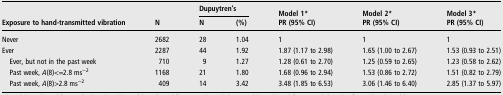
<table><thead><tr><td rowspan="2"><b>Exposure to hand-transmitted vibration</b></td><td></td><td colspan="2"><b>Dupuytren&#x27;s</b></td><td><b>Model 1*</b></td><td><b>Model 2*</b></td><td><b>Model 3*</b></td></tr><tr><td><b>N</b></td><td><b>N</b></td><td><b>(%)</b></td><td><b>PR (95% CI)</b></td><td><b>PR (95% CI)</b></td><td><b>PR (95% CI)</b></td></tr></thead><tbody><tr><td>Never</td><td>2682</td><td>28</td><td>1.04</td><td>1</td><td>1</td><td>1</td></tr><tr><td>Ever</td><td>2287</td><td>44</td><td>1.92</td><td>1.87 (1.17 to 2.98)</td><td>1.65 (1.00 to 2.67)</td><td>1.53 (0.93 to 2.51)</td></tr><tr><td> Ever, but not in the past week</td><td>710</td><td>9</td><td>1.27</td><td>1.28 (0.61 to 2.70)</td><td>1.25 (0.59 to 2.65)</td><td>1.23 (0.58 to 2.62)</td></tr><tr><td> Past week, <i>A</i>(8)&lt;=2.8 ms<sup>−2</sup></td><td>1168</td><td>21</td><td>1.80</td><td>1.68 (0.96 to 2.94)</td><td>1.53 (0.86 to 2.72)</td><td>1.51 (0.82 to 2.79)</td></tr><tr><td> Past week, <i>A</i>(8)&gt;2.8 ms<sup>−2</sup></td><td>409</td><td>14</td><td>3.42</td><td>3.48 (1.85 to 6.53)</td><td>3.06 (1.46 to 6.40)</td><td>2.85 (1.37 to 5.97)</td></tr></tbody></table>